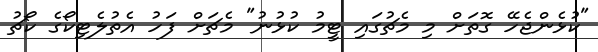
"ކުޅެންޖެހޭ ގޮތަށް މި މެޗުގައި ޓީމު ކުޅުނު" މެޗަށް ފަހު އެތުލެޓިކޯގެ ކޯޗު